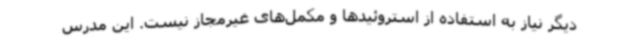
دیگر نیاز به استفاده از استروئیدها و مکمل‌های غیرمجاز نیست. این مدرس